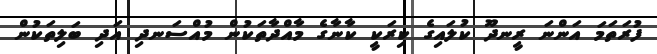
ފުރަތަމަ އަންނަ ރީނދޫ ކުލައިގެ ކިރަކީ ކާނާގެ މާއްދާތަކުން މުއްސަނދި އަދި ބަލިތަކުން